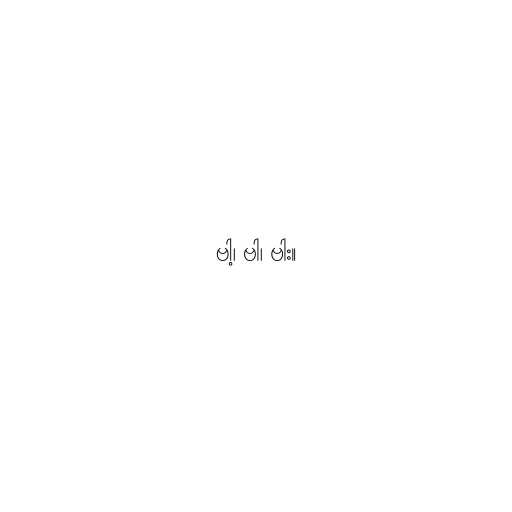
ဗါ့၊ ဗါ၊ ဗါး။